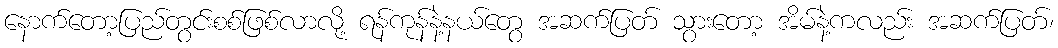
နောက်တော့ပြည်တွင်းစစ်ဖြစ်လာလို့ ရန်ကုန်နဲ့နယ်တွေ အဆက်ပြတ် သွားတော့ အိမ်နဲ့ကလည်း အဆက်ပြတ်၊